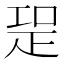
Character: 𭼁